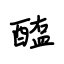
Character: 醢